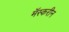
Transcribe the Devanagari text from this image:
मॅस्करीन